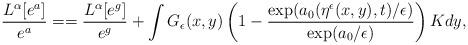
LaTeX: \begin{align*}\frac{L^\alpha[e^a]}{e^a}= = \frac{L^\alpha[e^g]}{e^{g}}+ \int G_\epsilon(x,y) \left(1 - \frac{\exp(a_0(\eta^\epsilon(x,y),t)/\epsilon)}{\exp(a_0/\epsilon)}\right) K dy,\end{align*}